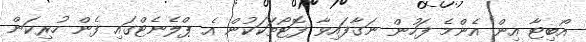
އޯބިޓާ އިން އެންމެ ފަހުން ނަގާފައިވާ ފޮޓޯތަކަކުން އެ ޕްލެނެޓްގައި ފެން ހުރިކަން